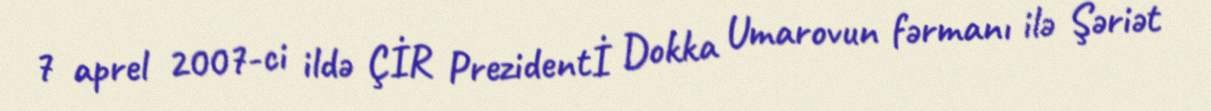
7 aprel 2007-ci ildə ÇİR Prezidentİ Dokka Umarovun fərmanı ilə Şəriət